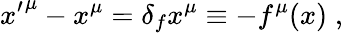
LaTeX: {x^{\prime}}^{\mu}-x^{\mu}=\delta_{f}x^{\mu}\equiv-f^{\mu}(x)\; ,